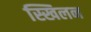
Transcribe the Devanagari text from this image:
स्खिलन